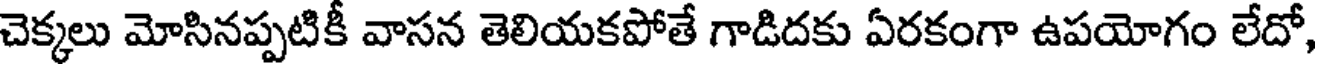
చెక్కలు మోసినప్పటికీ వాసన తెలియకపోతే గాడిదకు ఏరకంగా ఉపయోగం లేదో,